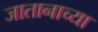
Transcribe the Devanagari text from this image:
जातानाच्या